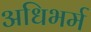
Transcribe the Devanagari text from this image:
अधिभर्म